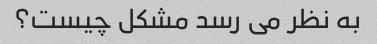
به نظر می رسد مشکل چیست؟